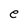
Character: e